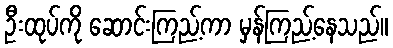
ဦးထုပ်ကို ဆောင်းကြည့်ကာ မှန်ကြည့်နေသည်။